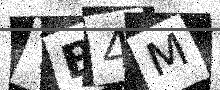
Text: TB4M